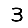
Digit: 3